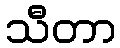
သီတာ